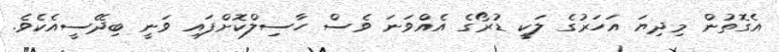
އެގޮތުން މިދިޔަ އަހަރުގެ ލަކީ ޑުރޯގެ އެއްވަނަ ވެސް ހާސިލްކޮށްފައި ވަނީ ބިދޭސީއެކެވެ.